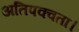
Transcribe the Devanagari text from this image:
अतिपक्वता।